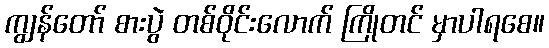
ကျွန်တော် စားပွဲ တစ်ဝိုင်းလောက် ကြိုတင် မှာပါရစေ။